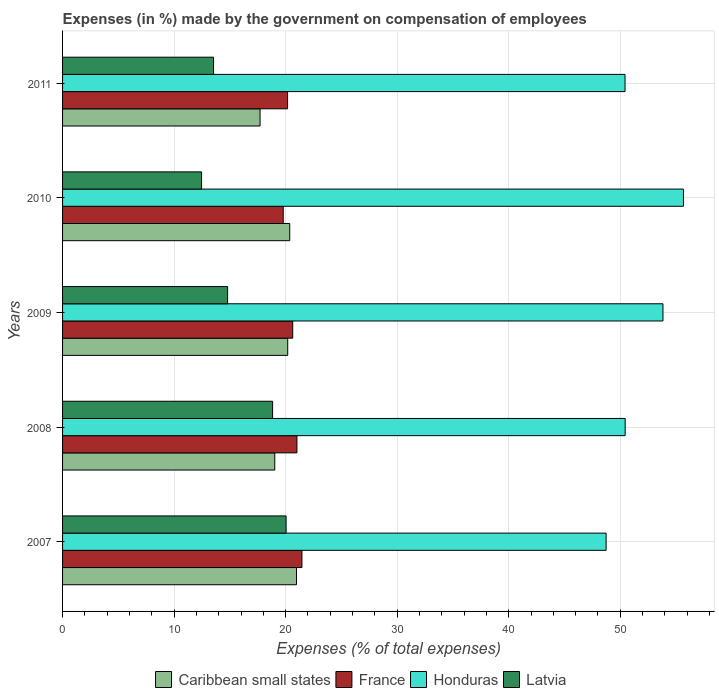
| Years | Caribbean small states | France | Honduras | Latvia |
 | --- | --- | --- | --- | --- |
 | 2007 | 21 | 21.5 | 48.7 | 20 |
 | 2008 | 19 | 21 | 50.4 | 18.8 |
 | 2009 | 20.2 | 20.6 | 53.8 | 14.8 |
 | 2010 | 20.4 | 19.8 | 55.7 | 12.5 |
 | 2011 | 17.7 | 20.2 | 50.4 | 13.5 |